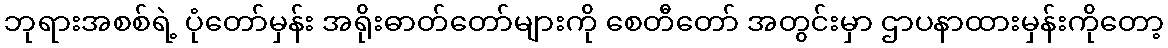
ဘုရားအစစ်ရဲ့ ပုံတော်မှန်း အရိုးဓာတ်တော်များကို စေတီတော် အတွင်းမှာ ဌာပနာထားမှန်းကိုတော့